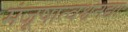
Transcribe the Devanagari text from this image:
मंजूषात्वश्वनद्याः